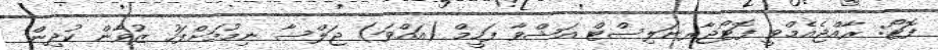
ފޮޓޯ: ރާއްޖެއެމްވީ ފޮޓޯޖާރނަލިސްޓް އަޝްވާ ފަހީމް (އައްވަ) ޖަލްސާ ނިމުމަށްފަހު ޒުވާން ކުދިން